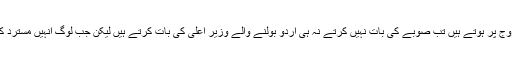
پیپلزپارٹی کے سعید غنی نے کہاکہ جب یہ عروج پر ہوتے ہیں تب صوبے کی بات نہیں کرتے نہ ہی اردو بولنے والے وزیر اعلی کی بات کرتے ہیں لیکن جب لوگ انہیں مسترد کرتے ہیں پھر اس طرح کے نعرے لگاتے ہیں ۔